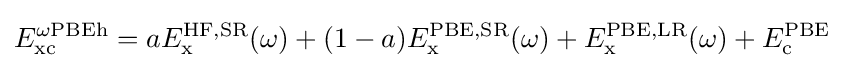
E_{\text{xc}}^{\omega {\text{PBEh}}}=aE_{\text{x}}^{\text{HF,SR}}(\omega )+(1-a)E_{\text{x}}^{\text{PBE,SR}}(\omega )+E_{\text{x}}^{\text{PBE,LR}}(\omega )+E_{\text{c}}^{\text{PBE}}